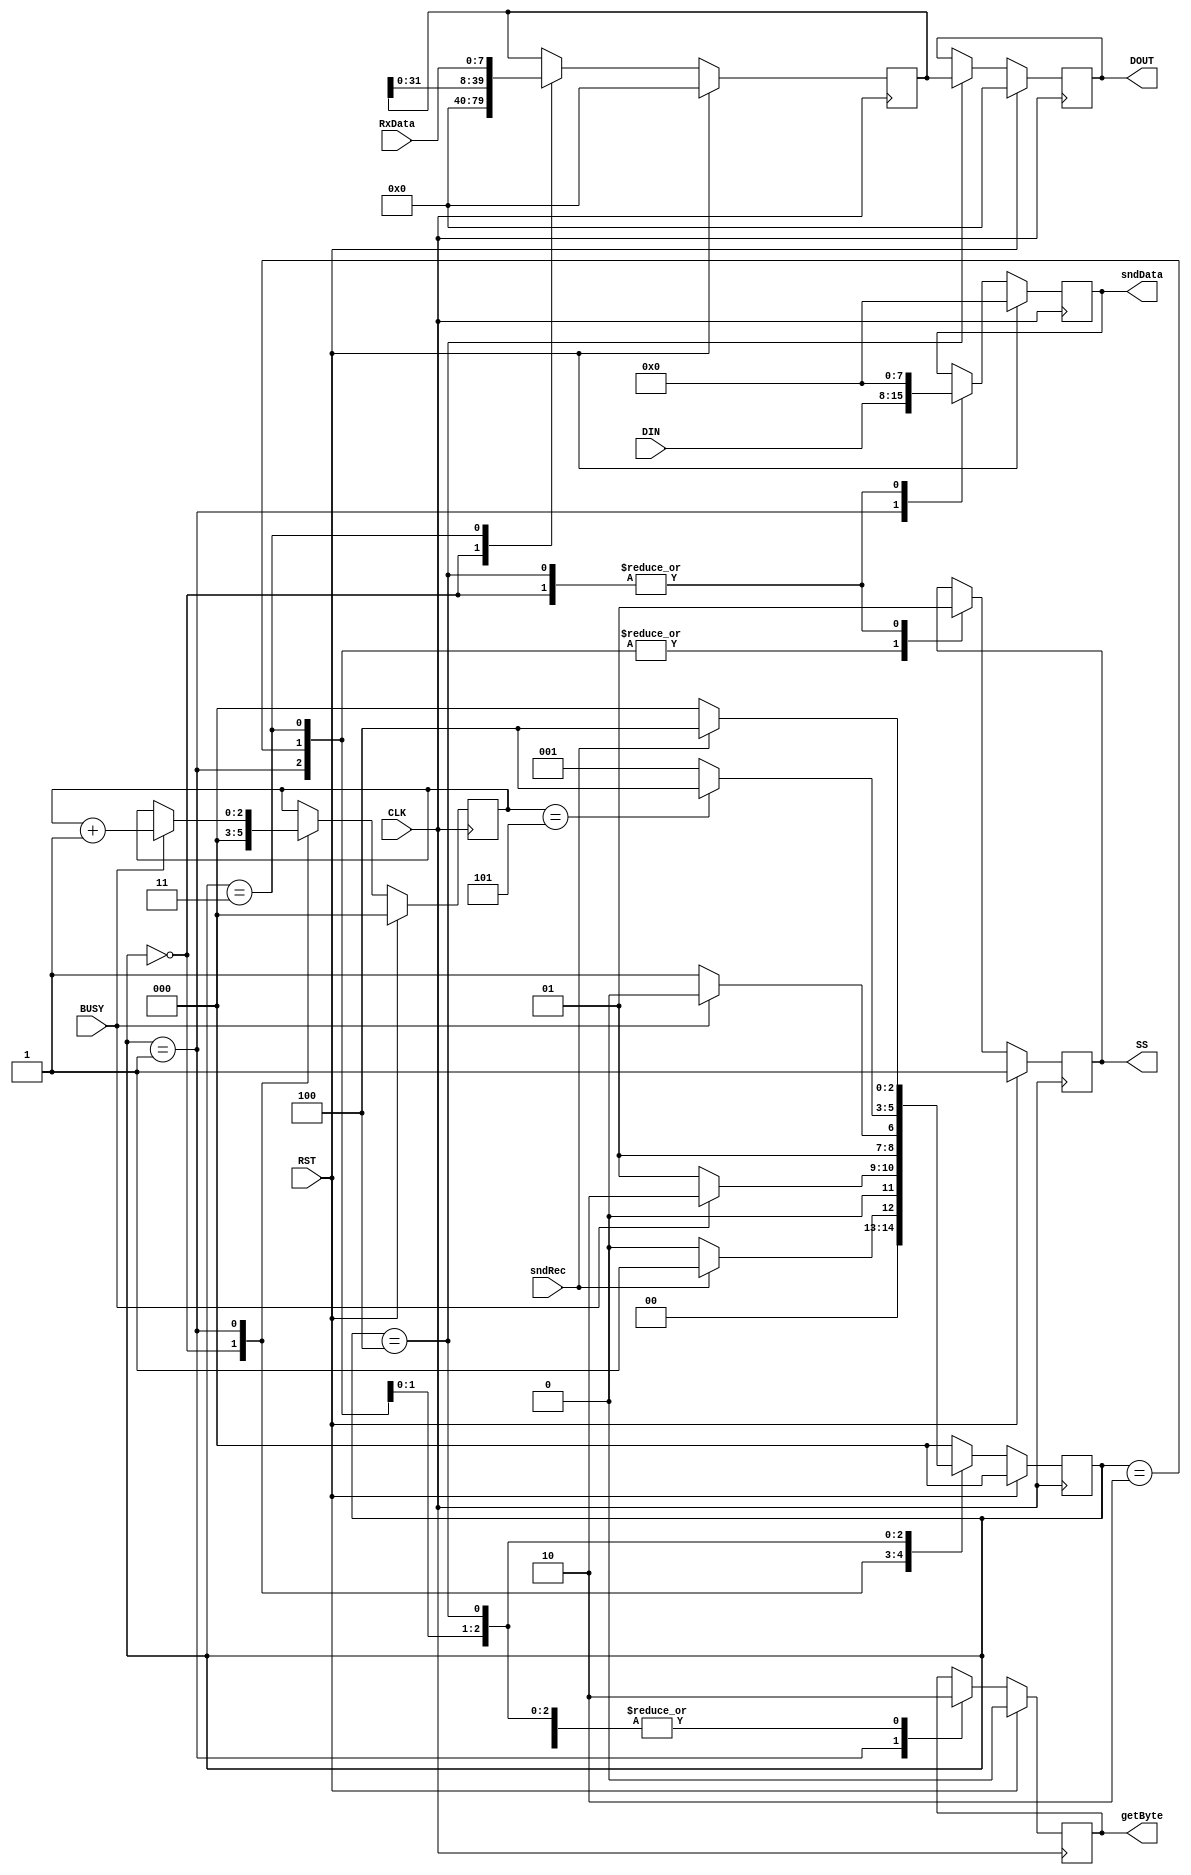
`timescale 1ns / 1ps
//////////////////////////////////////////////////////////////////////////////////
// Company: 
// Engineer: 
// 
// Design Name: 
// Module Name: spiCtrl
// Project Name: 
// Target Devices: 
// Tool Versions: 
// Description: 
// 
// Dependencies: 
// 
// Revision:
// Revision 0.01 - File Created
// Additional Comments:
// 
//////////////////////////////////////////////////////////////////////////////////


module spiCtrl(
    input CLK,
    input RST,
    input sndRec,
    input BUSY,
    input [7:0] DIN,
    input [7:0] RxData,
    output reg SS,
    output reg getByte,
    output reg [7:0] sndData,
    output reg [39:0] DOUT
    );
    // FSM States
			parameter [2:0] Idle = 3'd0,
							Init = 3'd1,
							Wait = 3'd2,
							Check = 3'd3,
							Done = 3'd4;
	// Present State
		reg [2:0] pState;

		reg [2:0] byteCnt ;					// Number bits read/written
		parameter byteEndVal = 3'd5;		// Number of bytes to send/receive
		reg [39:0] tmpSR ;		// Temporary shift register to
								// accumulate all five data bytes
	
	
	
	always @(negedge CLK) begin
			if(RST == 1'b1) begin
					// Reest everything
					SS <= 1'b1;
					getByte <= 1'b0;
					sndData <= 8'h00;
					tmpSR <= 40'h0000000000;
					DOUT <= 40'h0000000000;
					byteCnt <= 3'd0;
					pState <= Idle;
			end
			else begin
					
					case(pState)

								// Idle
								Idle : begin

										SS <= 1'b1;								// Disable slave
										getByte <= 1'b0;						// Do not request data
										sndData <= 8'h00;						// Clear data to be sent
										tmpSR <= 40'h0000000000;			// Clear temporary data
										DOUT <= DOUT;							// Retain output data
										byteCnt <= 3'd0;						// Clear byte count

										// When send receive signal received begin data transmission
										if(sndRec == 1'b1) begin
											pState <= Init;
										end
										else begin
											pState <= Idle;
										end
										
								end

								// Init
								Init : begin
								
										SS <= 1'b0;								// Enable slave
										getByte <= 1'b1;						// Initialize data transfer
										sndData <= DIN;						// Store input data to be sent
										tmpSR <= tmpSR;						// Retain temporary data
										DOUT <= DOUT;							// Retain output data
										
										if(BUSY == 1'b1) begin
												pState <= Wait;
												byteCnt <= byteCnt + 1'b1;	// Count
										end
										else begin
												pState <= Init;
										end
										
								end

								// Wait
								Wait : begin

										SS <= 1'b0;								// Enable slave
										getByte <= 1'b0;						// Data request already in progress
										sndData <= sndData;					// Retain input data to send
										tmpSR <= tmpSR;						// Retain temporary data
										DOUT <= DOUT;							// Retain output data
										byteCnt <= byteCnt;					// Count
										
										// Finished reading byte so grab data
										if(BUSY == 1'b0) begin
												pState <= Check;
										end
										// Data transmission is not finished
										else begin
												pState <= Wait;
										end

								end

								// Check
								Check : begin

										SS <= 1'b0;								// Enable slave
										getByte <= 1'b0;						// Do not request data
										sndData <= sndData;					// Retain input data to send
										tmpSR <= {tmpSR[31:0], RxData};	// Store byte just read
										DOUT <= DOUT;							// Retain output data
										byteCnt <= byteCnt;					// Do not count

										// Finished reading bytes so done
										if(byteCnt == 3'd5) begin
												pState <= Done;
										end
										// Have not sent/received enough bytes
										else begin
												pState <= Init;
										end
								end

								// Done
								Done : begin

										SS <= 1'b1;							// Disable slave
										getByte <= 1'b0;					// Do not request data
										sndData <= 8'h00;					// Clear input
										tmpSR <= tmpSR;					// Retain temporary data
										DOUT[39:0] <= tmpSR[39:0];		// Update output data
										byteCnt <= byteCnt;				// Do not count
										
										// Wait for external sndRec signal to be de-asserted
										if(sndRec == 1'b0) begin
												pState <= Idle;
										end
										else begin
												pState <= Done;
										end

								end

								// Default State
								default : pState <= Idle;
						endcase
			end
	end
endmodule